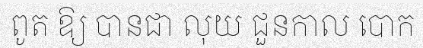
ពូត ឱ្យ បានជា លុយ ជួនកាល បោក